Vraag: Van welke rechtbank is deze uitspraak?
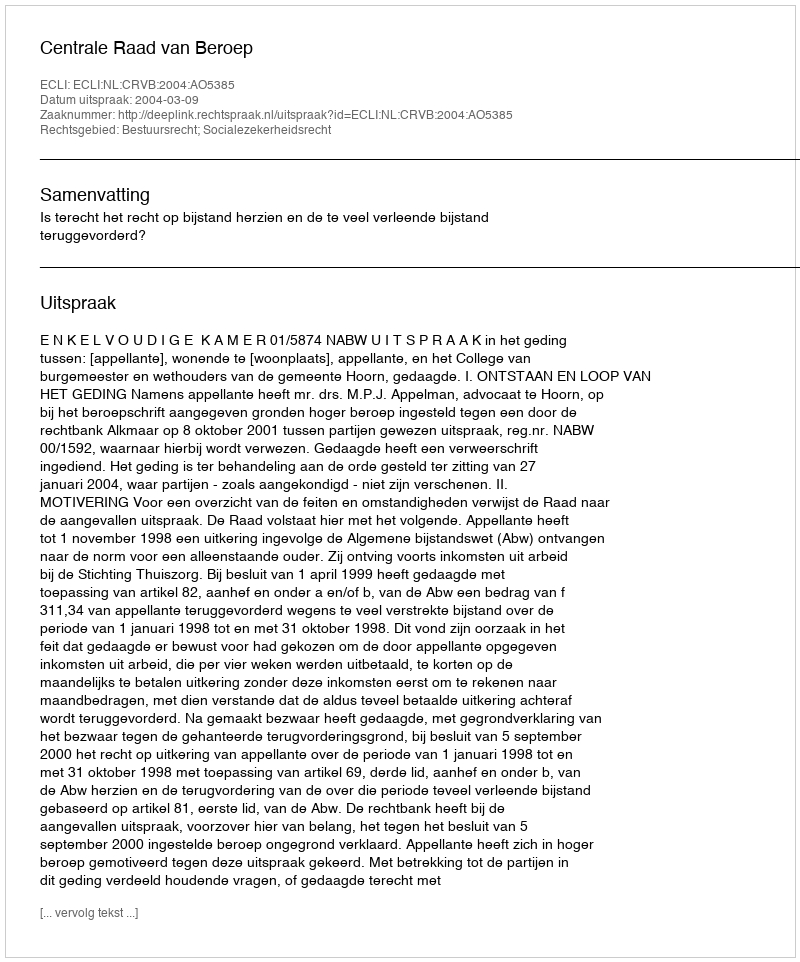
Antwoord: Centrale Raad van Beroep